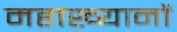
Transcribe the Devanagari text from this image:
महाख्यानों